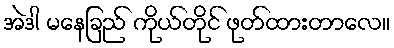
အဲဒါ မနေခြည် ကိုယ်တိုင် ဖုတ်ထားတာလေ။